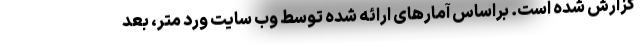
گزارش شده است. براساس آمارهای ارائه شده توسط وب سایت ورد متر، بعد